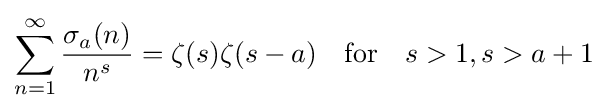
\sum _{n=1}^{\infty }{\frac {\sigma _{a}(n)}{n^{s}}}=\zeta (s)\zeta (s-a)\quad {\text{for}}\quad s>1,s>a+1